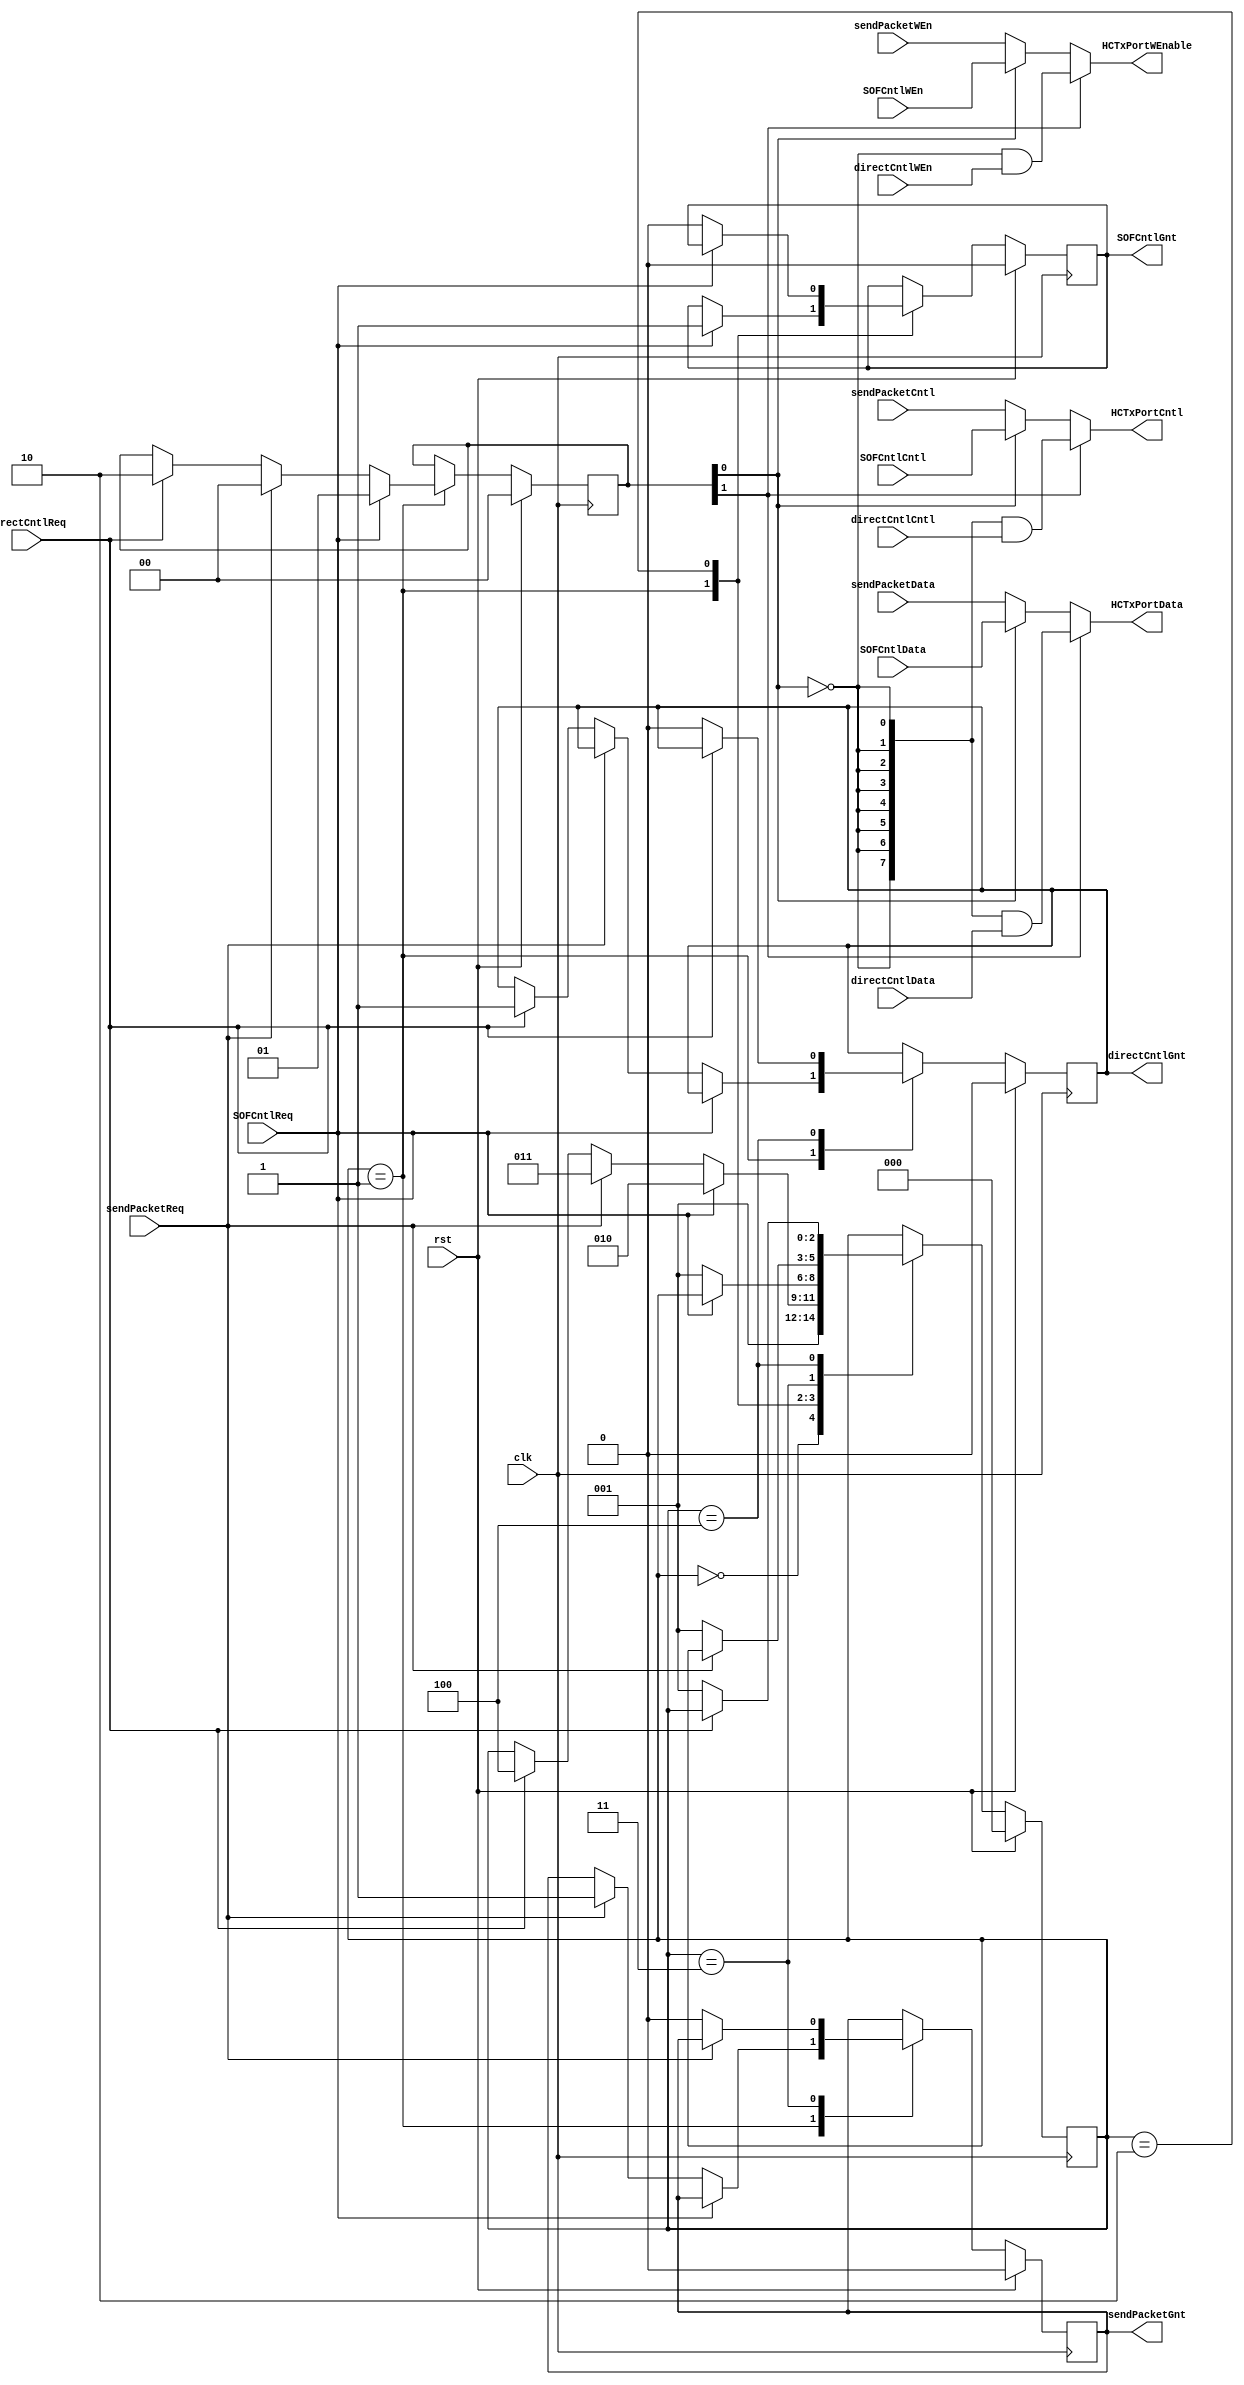
module HCTxPortArbiter (
	input		[7:0]	SOFCntlCntl,
	input		[7:0]	SOFCntlData,
	input				SOFCntlReq,
	input				SOFCntlWEn,
	input				clk,
	input		[7:0]	directCntlCntl,
	input		[7:0]	directCntlData,
	input				directCntlReq,
	input				directCntlWEn,
	input				rst,
	input		[7:0]	sendPacketCntl,
	input		[7:0]	sendPacketData,
	input				sendPacketReq,
	input				sendPacketWEn,
	output		[7:0]	HCTxPortCntl,
	output		[7:0]	HCTxPortData,
	output				HCTxPortWEnable,
	output	reg			SOFCntlGnt,
	output	reg			directCntlGnt,
	output	reg			sendPacketGnt
);

	reg		next_SOFCntlGnt;
	reg		next_directCntlGnt;
	reg		next_sendPacketGnt;

	// diagram signals declarations
	reg		[1:0]	muxCntl, next_muxCntl;

	reg		[2:0]	CurrState_HCTxArb;
	reg		[2:0]	NextState_HCTxArb;

	// SOFController/directContol/sendPacket mux
	assign HCTxPortWEnable = (muxCntl[1]) ?
								( ~muxCntl[0] & directCntlWEn) :
								( (muxCntl[0]) ? SOFCntlWEn : sendPacketWEn );
	assign HCTxPortData    = (muxCntl[1]) ?
								( {(9){~muxCntl[0]}} & directCntlData) :
								( (muxCntl[0]) ? SOFCntlData : sendPacketData);
	assign HCTxPortCntl    = (muxCntl[1]) ?
								( {(8){~muxCntl[0]}} & directCntlCntl) :
								( (muxCntl[0]) ? SOFCntlCntl : sendPacketCntl);

	//--------------------------------------------------------------------
	// Machine: HCTxArb
	//--------------------------------------------------------------------
	//----------------------------------
	// Next State Logic (combinatorial)
	//----------------------------------
	always@(*) begin
		NextState_HCTxArb <= CurrState_HCTxArb;
		// Set default values for outputs and signals
		next_SOFCntlGnt <= SOFCntlGnt;
		next_muxCntl <= muxCntl;
		next_sendPacketGnt <= sendPacketGnt;
		next_directCntlGnt <= directCntlGnt;
		case(CurrState_HCTxArb)
			3'd0: begin
				NextState_HCTxArb <= 3'd1;
			end
			3'd1: begin
				if(SOFCntlReq) begin
					NextState_HCTxArb <= 3'd2;
					next_SOFCntlGnt <= 1'b1;
					next_muxCntl <= 2'b01; end
				else if(sendPacketReq) begin
					NextState_HCTxArb <= 3'd3;
					next_sendPacketGnt <= 1'b1;
					next_muxCntl <= 2'b00; end
				else if(directCntlReq) begin
					NextState_HCTxArb <= 3'd4;
					next_directCntlGnt <= 1'b1;
					next_muxCntl <= 2'b10; end
			end
			3'd2: begin
				if(~SOFCntlReq) begin
					NextState_HCTxArb <= 3'd1;
					next_SOFCntlGnt <= 1'b0; end
			end
			3'd3: begin
				if(~sendPacketReq) begin
					NextState_HCTxArb <= 3'd1;
					next_sendPacketGnt <= 1'b0; end
			end
			3'd4: begin
				if(~directCntlReq) begin
					NextState_HCTxArb <= 3'd1;
					next_directCntlGnt <= 1'b0; end
			end
		endcase
	end

	//----------------------------------
	// Current State Logic (sequential)
	//----------------------------------
	always@(posedge clk) begin
		if(rst)	CurrState_HCTxArb <= 3'd0;
		else	CurrState_HCTxArb <= NextState_HCTxArb;
	end

	//----------------------------------
	// Registered outputs logic
	//----------------------------------
	always@(posedge clk) begin
		if(rst) begin
			muxCntl <= 2'b00;
			SOFCntlGnt <= 1'b0;
			sendPacketGnt <= 1'b0;
			directCntlGnt <= 1'b0; end
		else begin
			muxCntl <= next_muxCntl;
			SOFCntlGnt <= next_SOFCntlGnt;
			sendPacketGnt <= next_sendPacketGnt;
			directCntlGnt <= next_directCntlGnt; end
	end

endmodule